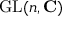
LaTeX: \operatorname { G L } ( n , \mathbf { C } )